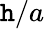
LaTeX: \mathtt{h}/a